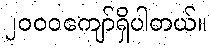
၂၀၀၀ကျော်ရှိပါတယ်။